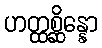
ဟတ္ထစ္ဆိန္နော